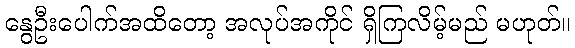
နွေဦးပေါက်အထိတော့ အလုပ်အကိုင် ရှိကြလိမ့်မည် မဟုတ်။